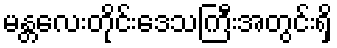
မန္တလေးတိုင်းဒေသကြီးအတွင်းရှိ